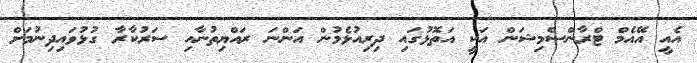
އެއީ އޭއެމް ޓްރާންސްމިޝަން އަކީ އަތޮޅުގައި ދިރިއުޅެމުން އަންނަ ރައްޔިތުނާއި ސަރުކާރާ ގުޅުވައިދިނުމަށް